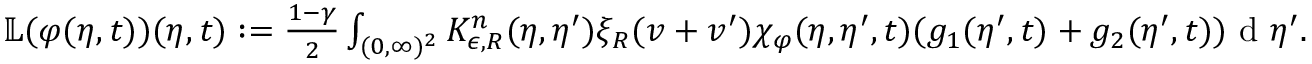
\begin{array} { r } { \mathbb { L } ( \varphi ( \eta , t ) ) ( \eta , t ) : = \frac { 1 - \gamma } { 2 } \int _ { ( 0 , \infty ) ^ { 2 } } K _ { \epsilon , R } ^ { n } ( \eta , \eta ^ { \prime } ) \xi _ { R } ( v + v ^ { \prime } ) \chi _ { \varphi } ( \eta , \eta ^ { \prime } , t ) ( g _ { 1 } ( \eta ^ { \prime } , t ) + g _ { 2 } ( \eta ^ { \prime } , t ) ) \textup { d } \eta ^ { \prime } . } \end{array}